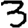
Digit: 3